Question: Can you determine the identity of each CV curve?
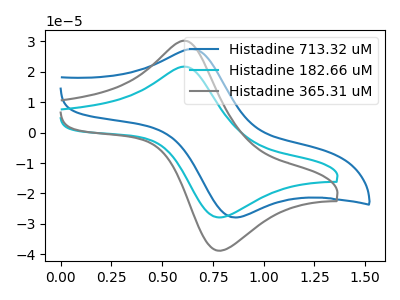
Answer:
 <answer>The blue curve is labeled "Histadine 713.32 uM". The cyan curve is labeled "Histadine 182.66 uM". The gray curve is labeled "Histadine 365.31 uM".</answer>
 <eval></eval>